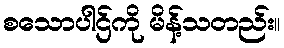
စသောပါဌ်ကို မိန့်သတည်း။